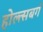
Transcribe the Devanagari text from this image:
होल्त्सबर्ग